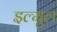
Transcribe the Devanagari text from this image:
इल्मुल